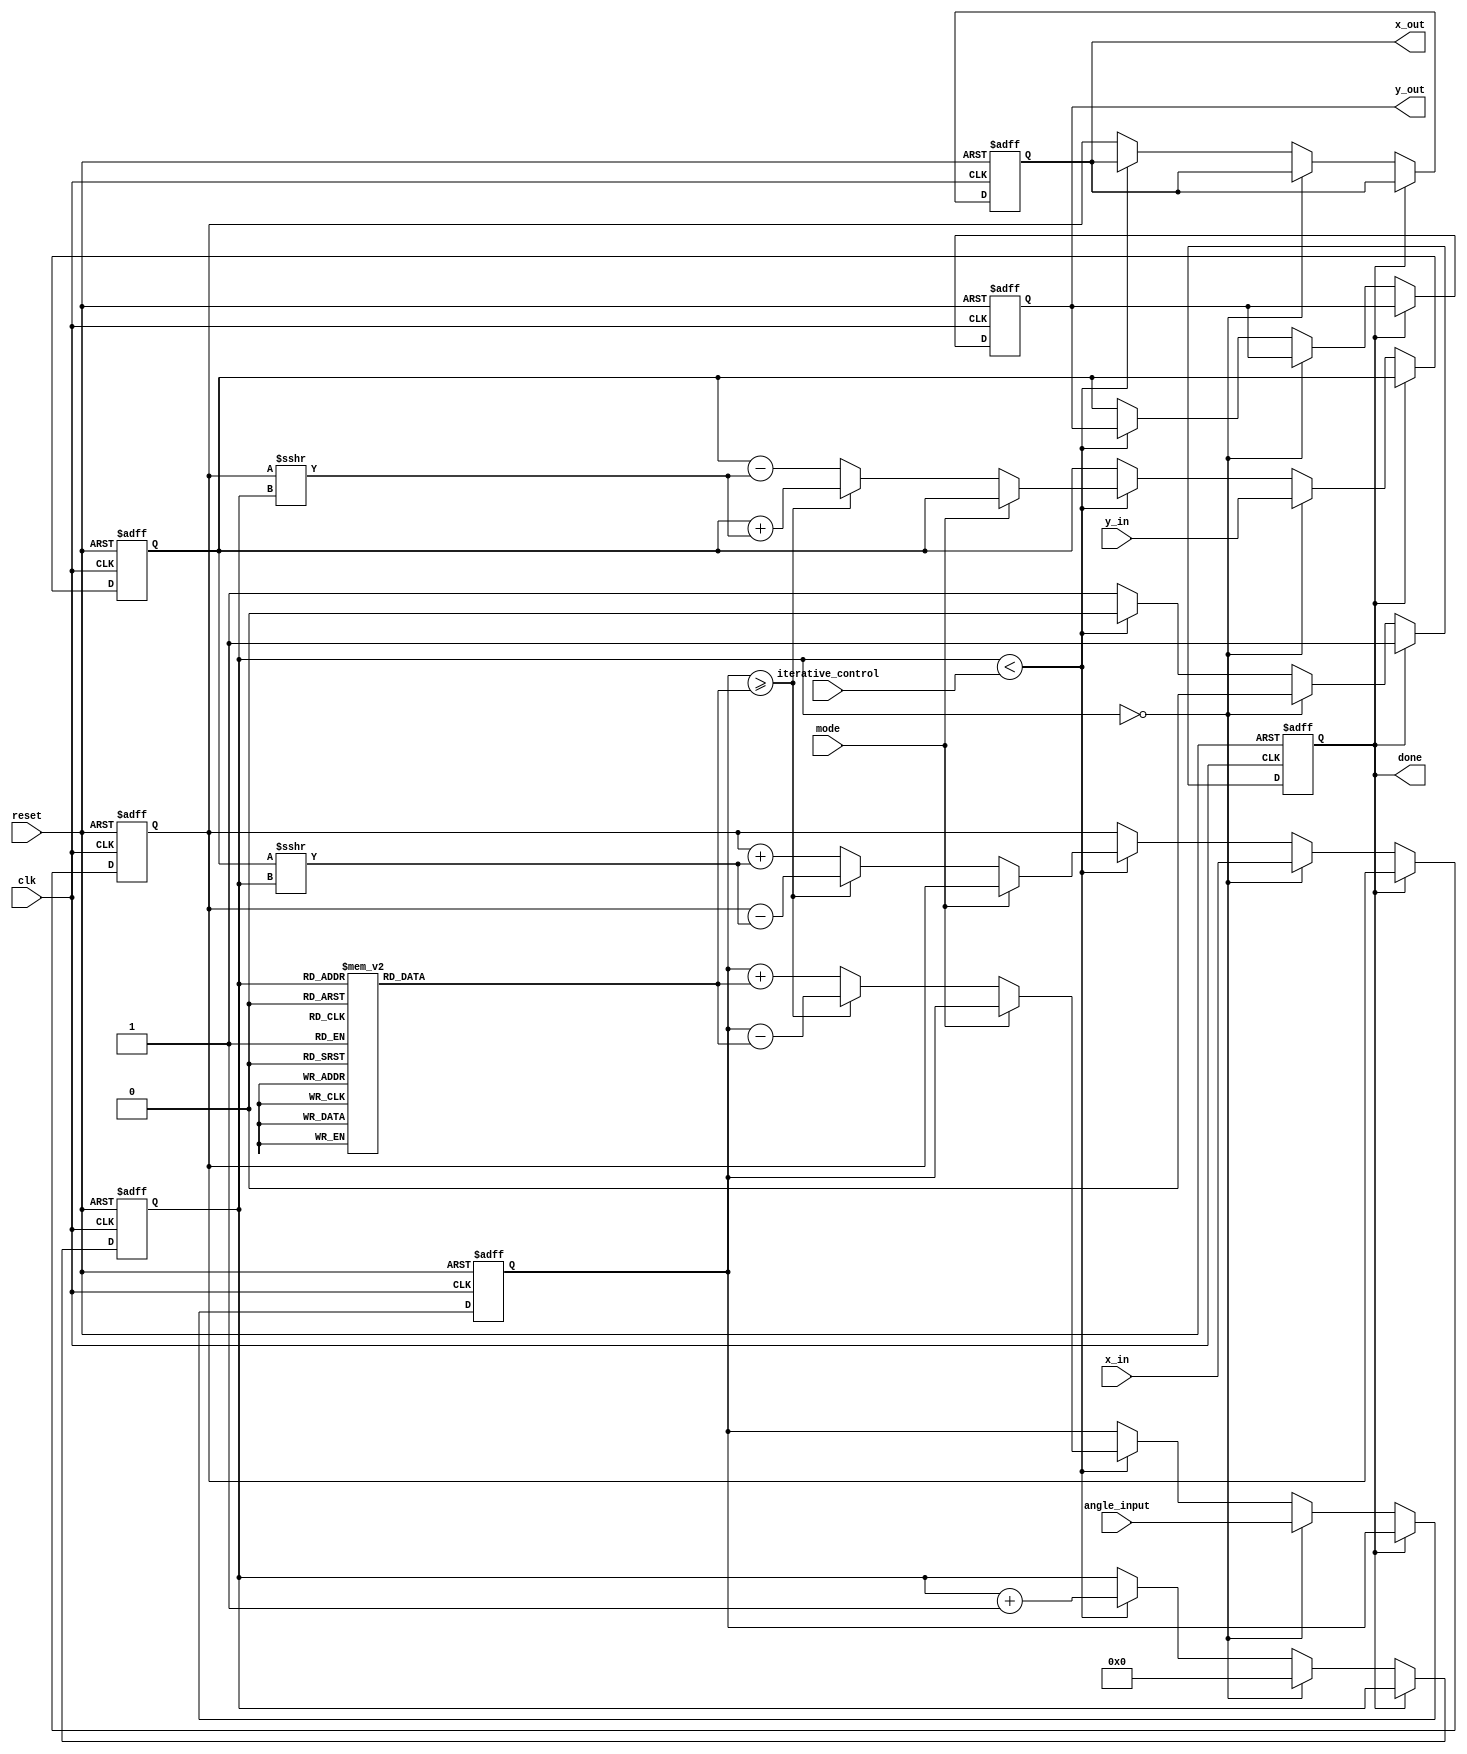
module adaptive_cordic #(
    parameter DATA_WIDTH = 16,  // Width of data (e.g., fixed-point representation)
    parameter NUM_ITERATIONS = 16 // Number of CORDIC iterations
)(
    input clk,
    input reset,
    input [DATA_WIDTH-1:0] angle_input, // Input angle for rotation or value for vectoring
    input [DATA_WIDTH-1:0] x_in, // Input x-coordinate
    input [DATA_WIDTH-1:0] y_in, // Input y-coordinate
    input mode, // Mode selection: 0 for rotation, 1 for vectoring
    input [3:0] iterative_control, // Controls the number of iterations
    output reg [DATA_WIDTH-1:0] x_out, // Output x-coordinate
    output reg [DATA_WIDTH-1:0] y_out, // Output y-coordinate
    output reg done // Signal for computation done
);

// Precomputed arctangent values for CORDIC
reg [DATA_WIDTH-1:0] atan_table [0:NUM_ITERATIONS-1];
initial begin
    // Initialize the arctangent lookup table
    atan_table[0] = 16'h3243; // atan(1)
    atan_table[1] = 16'h1DAC; // atan(1/2)
    atan_table[2] = 16'h0F1A; // atan(1/4)
    // ... Fill in the rest of the atan values for more iterations
end

// State variables
reg [DATA_WIDTH-1:0] x_reg, y_reg, angle_reg;
reg [3:0] iteration_counter;
reg [DATA_WIDTH-1:0] scaling_factor;

always @(posedge clk or posedge reset) begin
    if (reset) begin
        // Reset all registers and outputs
        x_reg <= 0;
        y_reg <= 0;
        angle_reg <= 0;
        iteration_counter <= 0;
        x_out <= 0;
        y_out <= 0;
        done <= 0;
        scaling_factor <= 1; // Initial scaling factor
    end else begin
        if (done == 0) begin
            // Load input values on the first clock cycle
            if (iteration_counter == 0) begin
                x_reg <= x_in;
                y_reg <= y_in;
                angle_reg <= angle_input;
                iteration_counter <= 0;
            end else if (iteration_counter < iterative_control) begin
                // Perform CORDIC iteration
                if (mode == 0) begin // Rotation Mode
                    if (angle_reg >= atan_table[iteration_counter]) begin
                        // Rotate positively
                        x_reg <= x_reg - (y_reg >>> iteration_counter);
                        y_reg <= y_reg + (x_reg >>> iteration_counter);
                        angle_reg <= angle_reg - atan_table[iteration_counter];
                    end else begin
                        // Rotate negatively
                        x_reg <= x_reg + (y_reg >>> iteration_counter);
                        y_reg <= y_reg - (x_reg >>> iteration_counter);
                        angle_reg <= angle_reg + atan_table[iteration_counter];
                    end
                end else begin // Vectoring Mode
                    // Adaptations for vectoring mode can be implemented here (similar logic)
                end
                iteration_counter <= iteration_counter + 1;
            end else begin
                // Output the result after all iterations are completed
                x_out <= x_reg;
                y_out <= y_reg;
                done <= 1; // Set done flag to indicate completion
            end
        end
    end
end

endmodule